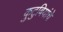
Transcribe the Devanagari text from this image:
कुटुबियांचे